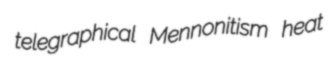
telegraphical Mennonitism heat